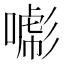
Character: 𢒯